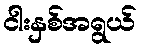
ငါးနှစ်အရွယ်